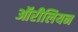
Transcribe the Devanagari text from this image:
ऑरीलियन